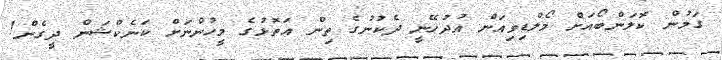
ގަމުން ކޮލަންބޯއަށް މޯލްޑިވިއަން އުދުހޭނީ ދެކުނުގެ ތިން އަތޮޅުގެ މީހުންނަށް ކަނެކްޝަން ދީގެން!